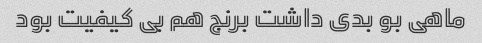
ماهی بو‌ بدی داشت برنج هم بی کیفیت بود